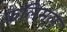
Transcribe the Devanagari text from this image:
कलिमल